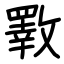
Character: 斁